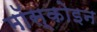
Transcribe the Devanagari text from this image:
मॉस्कोइन